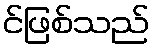
င်ဖြစ်သည်